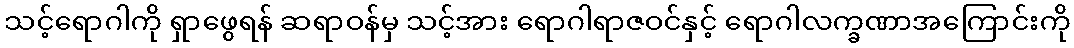
သင့်ရောဂါကို ရှာဖွေရန် ဆရာဝန်မှ သင့်အား ရောဂါရာဇဝင်နှင့် ရောဂါလက္ခဏာအကြောင်းကို